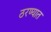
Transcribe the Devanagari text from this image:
ठरण्यात